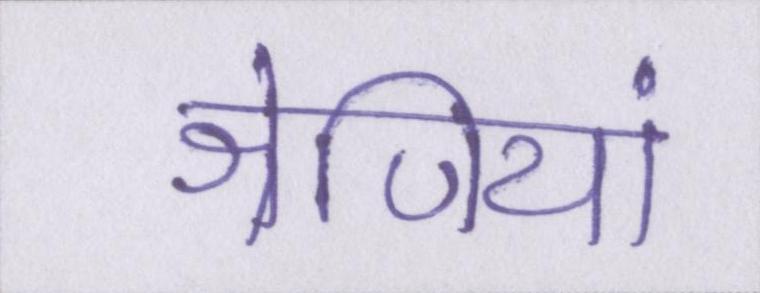
श्रेणियां